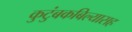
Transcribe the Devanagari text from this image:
कुटुंबकबिल्यासह